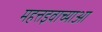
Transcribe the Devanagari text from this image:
महत्तइवाच्याआ